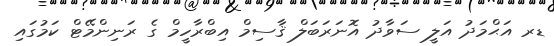
ޑރ އަޙްމަދު އަލީ ސަވާދު އޮނަރަބަލް ޤާސިމް އިބްރާހީމް ގެ ރަނިންމޭޓް ކަމުގައި